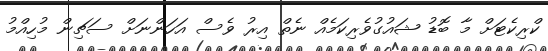
ކްރިކެޓަށް މާ ބޮޑު ޝައުގުވެރިކަމެއް ނެތް އިރު ވެސް އަހަންނަށް ސަޗިން މުހިއްމު